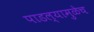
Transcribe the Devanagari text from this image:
पाडल्यामुळेच